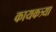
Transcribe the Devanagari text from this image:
कायकत्र्या